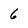
Character: 6